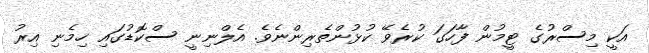
އަކީ މިސްރުގެ ޓީމުން ފާހަގަ ކުރެވޭ ކުޅުންތެރިންނެވެ. އެލްނިނީ ސްކޮޑުގައި ހިމެނި އިރު